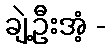
ချဲ့ဦးအံ့ -